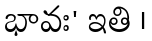
భావః' ఇతి ।